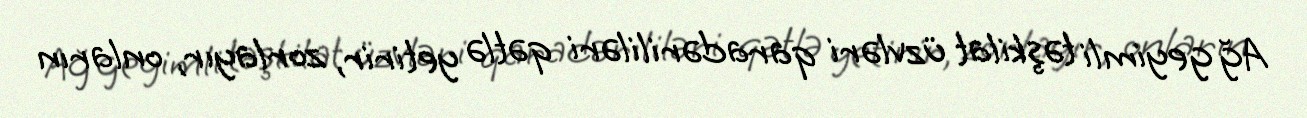
Ağ geyimli təşkilat üzvləri qaradərililəri qətlə yetirir, zorlayır, onların